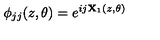
\phi _ { j j } ( z , \theta ) = e ^ { i j { \bf X } _ { 1 } ( z , \theta ) }